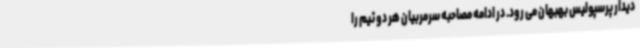
دیدار پرسپولیس بهبهان می رود. در ادامه مصاحبه سرمربیان هر دو تیم را